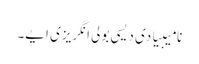
نامیبیا دی دیسی بولی انگریزی ایے۔